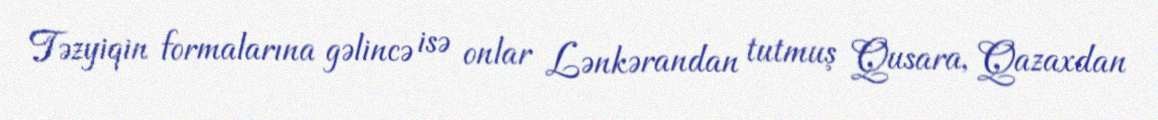
Təzyiqin formalarına gəlincə isə onlar Lənkərandan tutmuş Qusara, Qazaxdan